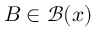
B \in { \mathcal { B } } ( x )